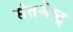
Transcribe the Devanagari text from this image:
संतश्रेष्ट्र